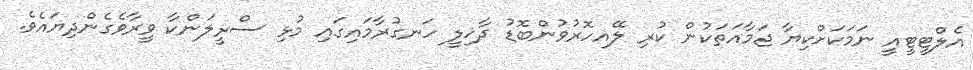
އެލްޓީޓީއީ ނަމަކަށްކިޔާ ޖަމާއަތަކުން ކުރި ލޭއހޮރުވުންބޮޑު ދާޚިލީ ހަނގުރާމައިގައި މުޅި ސްރީލަންކާ ވީރާވެގެންދިޔައެވެ.